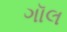
ગૉલ